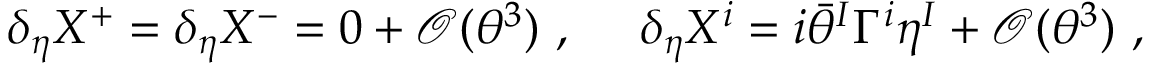
\delta _ { \eta } X ^ { + } = \delta _ { \eta } X ^ { - } = 0 + { \mathcal O } ( \theta ^ { 3 } ) ~ , ~ ~ ~ ~ \delta _ { \eta } X ^ { i } = i \bar { \theta } ^ { I } \Gamma ^ { i } \eta ^ { I } + { \mathcal O } ( \theta ^ { 3 } ) ~ ,